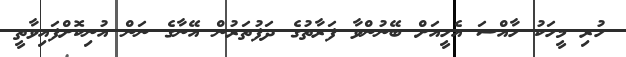
ހުރި މީހަކު ހާއްސަ އެހީއަށް ބޭނުންވާ ފަރާތުގެ ދަފުތަރުން އޭނާގެ ނަން އުނިކޮށްފައިވާތީ